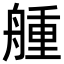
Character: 𦩰